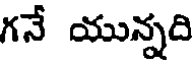
గనే యున్నది